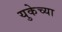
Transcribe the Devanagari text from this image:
युकेच्या